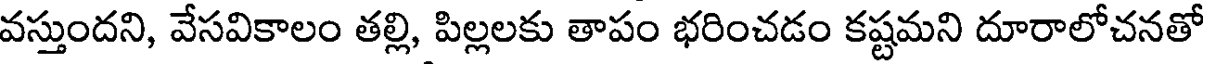
వస్తుందని, వేసవికాలం తల్లి, పిల్లలకు తాపం భరించడం కష్టమని దూరాలోచనతో